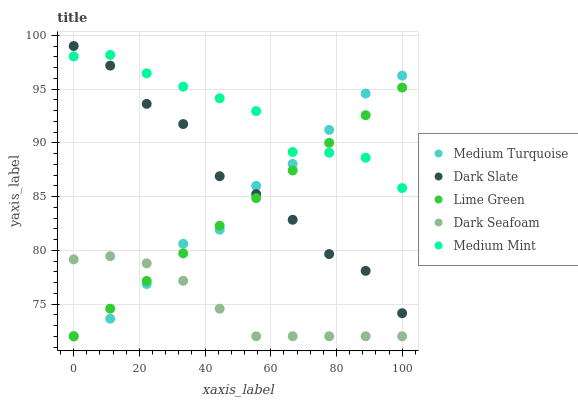
| xaxis_label | Medium Turquoise | Dark Slate | Lime Green | Dark Seafoam | Medium Mint |
 | --- | --- | --- | --- | --- | --- |
 | 0 | 72 | 99 | 72 | 79.2 | 98 |
 | 11.1 | 73.6 | 97.2 | 74.6 | 79.5 | 98.2 |
 | 22.2 | 76.9 | 93.6 | 77.1 | 78.8 | 96.5 |
 | 33.3 | 80.6 | 91.7 | 79.7 | 77.2 | 95.2 |
 | 44.4 | 81.9 | 86.9 | 82.3 | 74.6 | 94.1 |
 | 55.6 | 86 | 85.2 | 84.9 | 72 | 92.9 |
 | 66.7 | 88 | 82.8 | 87.4 | 72 | 89.1 |
 | 77.8 | 91.2 | 79.6 | 90 | 72 | 89.1 |
 | 88.9 | 94.6 | 78.1 | 92.6 | 72 | 88.6 |
 | 100 | 96.2 | 74.1 | 95.1 | 72 | 85.8 |